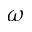
\omega